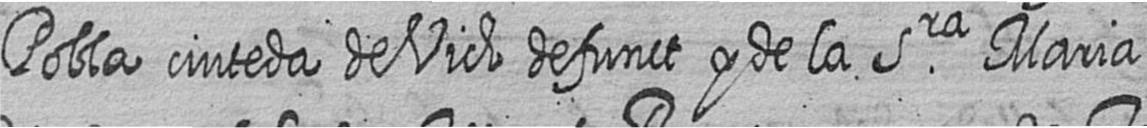
Pobla ciuteda de Vich defunct y de la Sra Maria